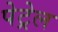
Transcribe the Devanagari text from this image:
पेट्रेल